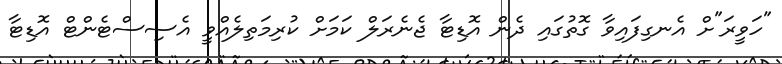
"ހަވީރަ"ށް އެނގިފައިވާ ގޮތުގައި ދެން އޮޑިޓާ ޖެނެރަލް ކަމަށް ކުރިމަތިލެއްވީ އެސިސްޓެންޓް އޮޑިޓާ